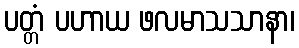
ပတ္တံ ပဟာယ ဖလမာသသာနာ၊